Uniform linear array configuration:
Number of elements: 12
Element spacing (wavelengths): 1
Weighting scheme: blackman
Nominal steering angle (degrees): -30
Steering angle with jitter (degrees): -30.204
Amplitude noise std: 0.05
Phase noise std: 0.05

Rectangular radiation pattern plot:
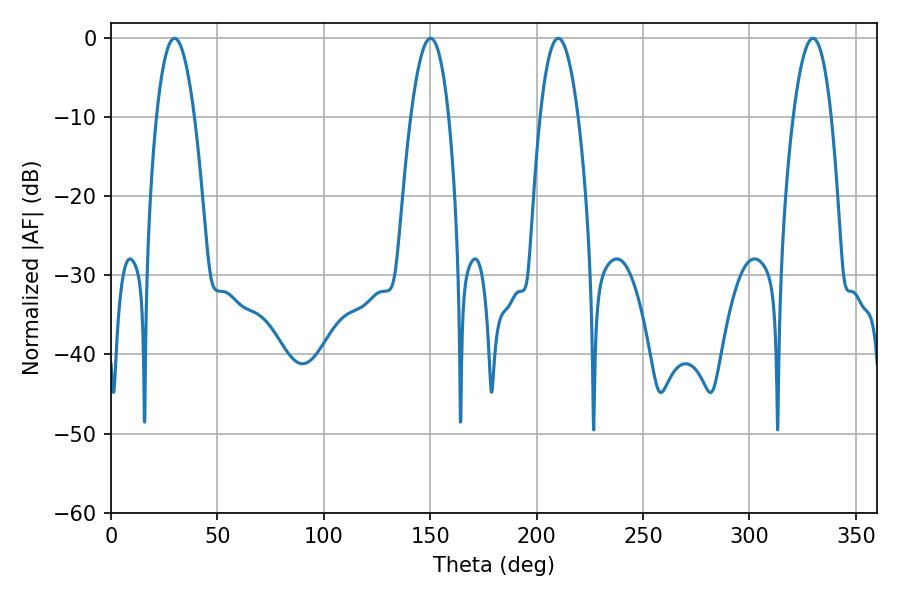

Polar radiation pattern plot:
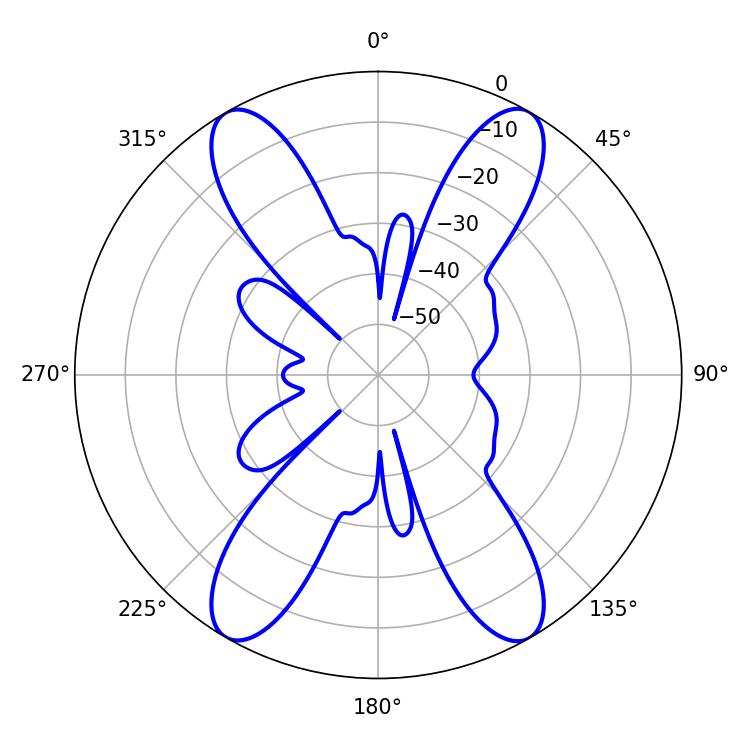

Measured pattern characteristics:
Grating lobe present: TRUE
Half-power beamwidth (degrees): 9.9
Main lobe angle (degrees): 29.88